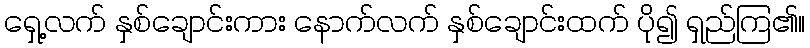
ရှေ့လက် နှစ်ချောင်းကား နောက်လက် နှစ်ချောင်းထက် ပို၍ ရှည်ကြ၏။